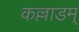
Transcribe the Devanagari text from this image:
कल्लाडम्